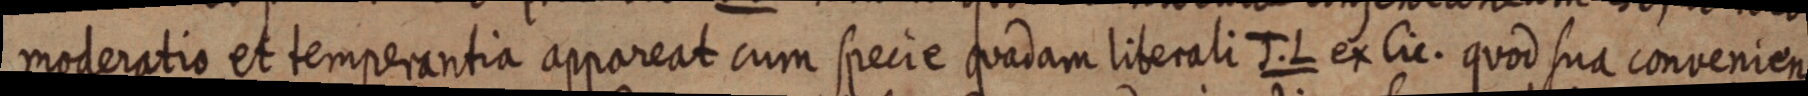
moderatio et temperantia appareat cum specie quadam liberali J. L ex Cic. quod sua convenien